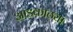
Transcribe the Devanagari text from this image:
आडकाठ्या